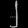
Digit: ၂